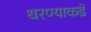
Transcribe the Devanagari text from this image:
धरण्याकडे